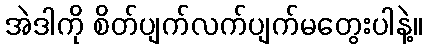
အဲဒါကို စိတ်ပျက်လက်ပျက်မတွေးပါနဲ့။